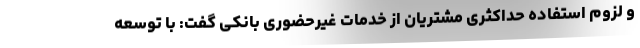
و لزوم استفاده حداکثری مشتریان از خدمات غیرحضوری بانکی گفت: با توسعه